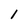
Character: 1